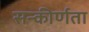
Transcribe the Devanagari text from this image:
सन्कीर्णता